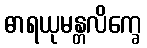
ဓာရယုမန္တလိက္ခေ